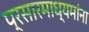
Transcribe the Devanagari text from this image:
प्रसारमाध्यमांना